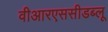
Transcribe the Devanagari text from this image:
वीआरएससीडब्लू